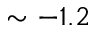
\sim - 1 . 2